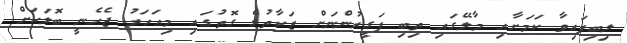
ލިބިފައިވާ ކަމަށާއި މާލޭގައި ތިބި ފަގީރުންނަށް ޒަކާތުގެ ގޮތުގައި މިއަހަރު ޖެހެނީ ބޮލަކަށް